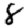
Digit: 8